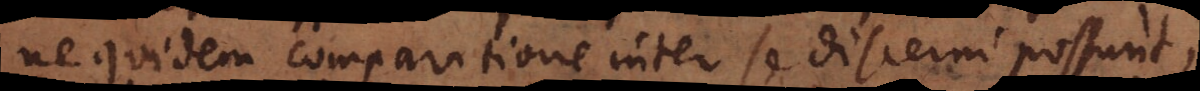
ne quidem comparatione inter se discerni possunt,